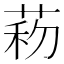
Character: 菞